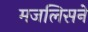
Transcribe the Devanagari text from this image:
मजलिसने